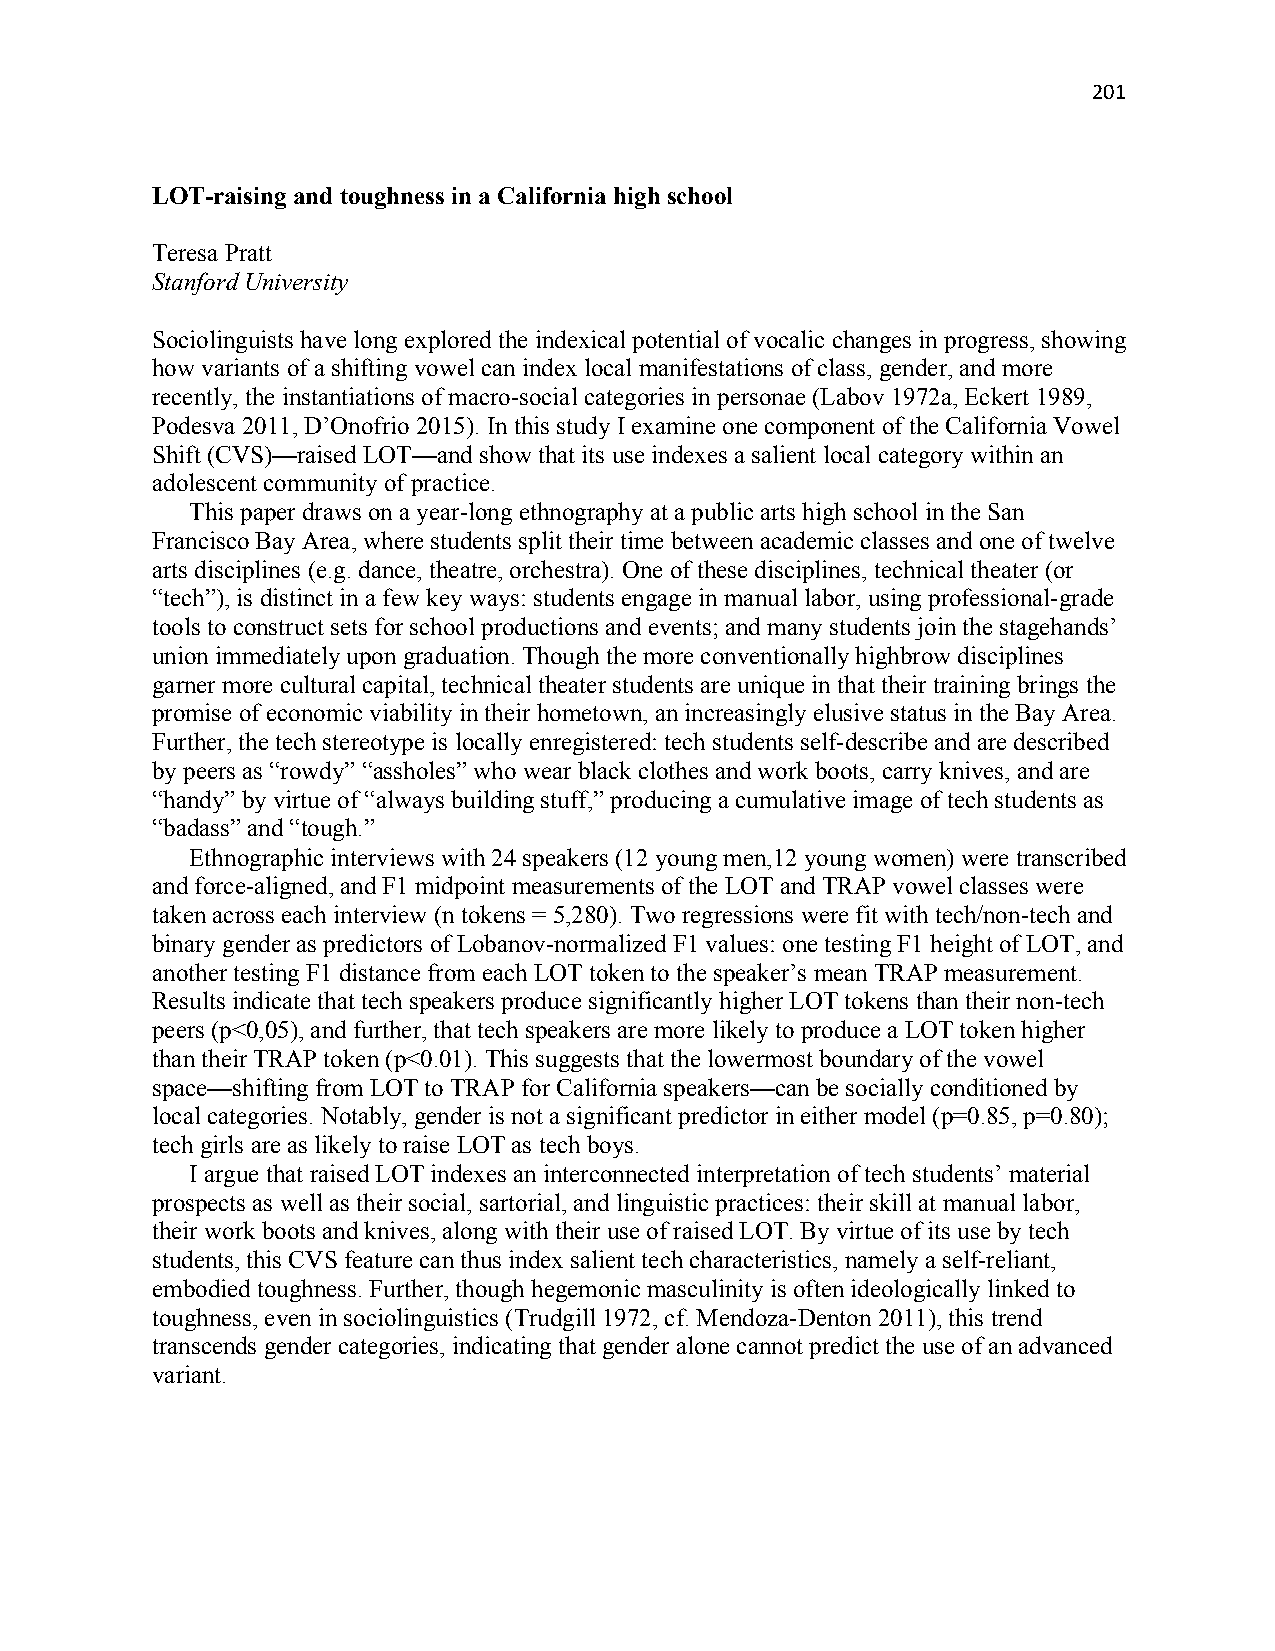
201
 LOT-raising and toughness in a California high school
 Teresa Pratt
 Stanford University
 Sociolinguists have long explored the indexical potential of vocalic changes in progress, showing
 how variants of a shifting vowel can index local manifestations of class, gender, and more
 recently, the instantiations of macro-social categories in personae (Labov 1972a, Eckert 1989,
 Podesva 2011, D’Onofrio 2015). In this study I examine one component of the California Vowel
 Shift (CVS)—raised LOT—and show that its use indexes a salient local category within an
 adolescent community of practice.
 This paper draws on a year-long ethnography at a public arts high school in the San
 Francisco Bay Area, where students split their time between academic classes and one of twelve
 arts disciplines (e.g. dance, theatre, orchestra). One of these disciplines, technical theater (or
 “tech”), is distinct in a few key ways: students engage in manual labor, using professional-grade
 tools to construct sets for school productions and events; and many students join the stagehands’
 union immediately upon graduation. Though the more conventionally highbrow disciplines
 garner more cultural capital, technical theater students are unique in that their training brings the
 promise of economic viability in their hometown, an increasingly elusive status in the Bay Area.
 Further, the tech stereotype is locally enregistered: tech students self-describe and are described
 by peers as “rowdy” “assholes” who wear black clothes and work boots, carry knives, and are
 “handy” by virtue of “always building stuff,” producing a cumulative image of tech students as
 “badass” and “tough.”
 Ethnographic interviews with 24 speakers (12 young men,12 young women) were transcribed
 and force-aligned, and F1 midpoint measurements of the LOT and TRAP vowel classes were
 taken across each interview (n tokens = 5,280). Two regressions were fit with tech/non-tech and
 binary gender as predictors of Lobanov-normalized F1 values: one testing F1 height of LOT, and
 another testing F1 distance from each LOT token to the speaker’s mean TRAP measurement.
 Results indicate that tech speakers produce significantly higher LOT tokens than their non-tech
 peers (p<0,05), and further, that tech speakers are more likely to produce a LOT token higher
 than their TRAP token (p<0.01). This suggests that the lowermost boundary of the vowel
 space—shifting from LOT to TRAP for California speakers—can be socially conditioned by
 local categories. Notably, gender is not a significant predictor in either model (p=0.85, p=0.80);
 tech girls are as likely to raise LOT as tech boys.
 I argue that raised LOT indexes an interconnected interpretation of tech students’ material
 prospects as well as their social, sartorial, and linguistic practices: their skill at manual labor,
 their work boots and knives, along with their use of raised LOT. By virtue of its use by tech
 students, this CVS feature can thus index salient tech characteristics, namely a self-reliant,
 embodied toughness. Further, though hegemonic masculinity is often ideologically linked to
 toughness, even in sociolinguistics (Trudgill 1972, cf. Mendoza-Denton 2011), this trend
 transcends gender categories, indicating that gender alone cannot predict the use of an advanced
 variant.